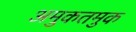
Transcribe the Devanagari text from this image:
अमुकतमुक